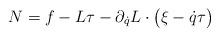
LaTeX: \begin{align*} N=f-L\tau-\partial_{\dot q}L\cdot\bigl(\xi-\dot q\tau\bigr)\end{align*}